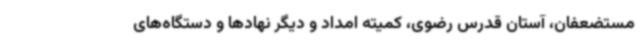
مستضعفان، آستان قدرس رضوی، کمیته امداد و دیگر نهادها و دستگاه‌های